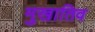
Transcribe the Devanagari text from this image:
मुखातिव